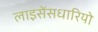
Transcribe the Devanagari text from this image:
लाइसेंसधारियो